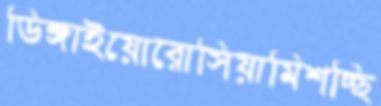
ডিঙ্গাইয়োরোসিয়ামিশচ্ছি